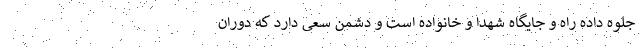
جلوه داده راه و جایگاه شهدا و خانواده است و دشمن سعی دارد که دوران